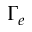
\Gamma _ { e }